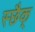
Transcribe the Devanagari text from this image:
स्छैक्